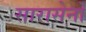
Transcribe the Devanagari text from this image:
सारासेनों